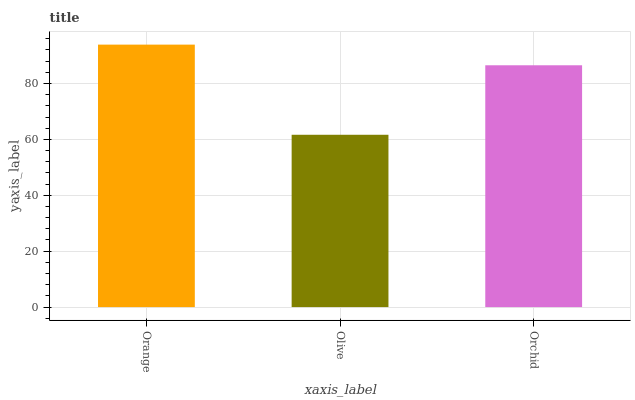
| xaxis_label | bars |
 | --- | --- |
 | Orange | 93.9 |
 | Olive | 61.6 |
 | Orchid | 86.5 |